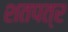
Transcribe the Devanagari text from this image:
शतपत्र